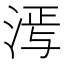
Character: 𬇵